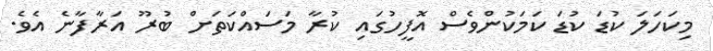
މިކަހަލަ ކުޑަ ކުޑަ ކަމަކުންވެސް އޮފީހުގައި ކުރާ މަސައްކަތަށް ބުރޫ އަރާފާނެ އެވެ.